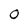
Character: O